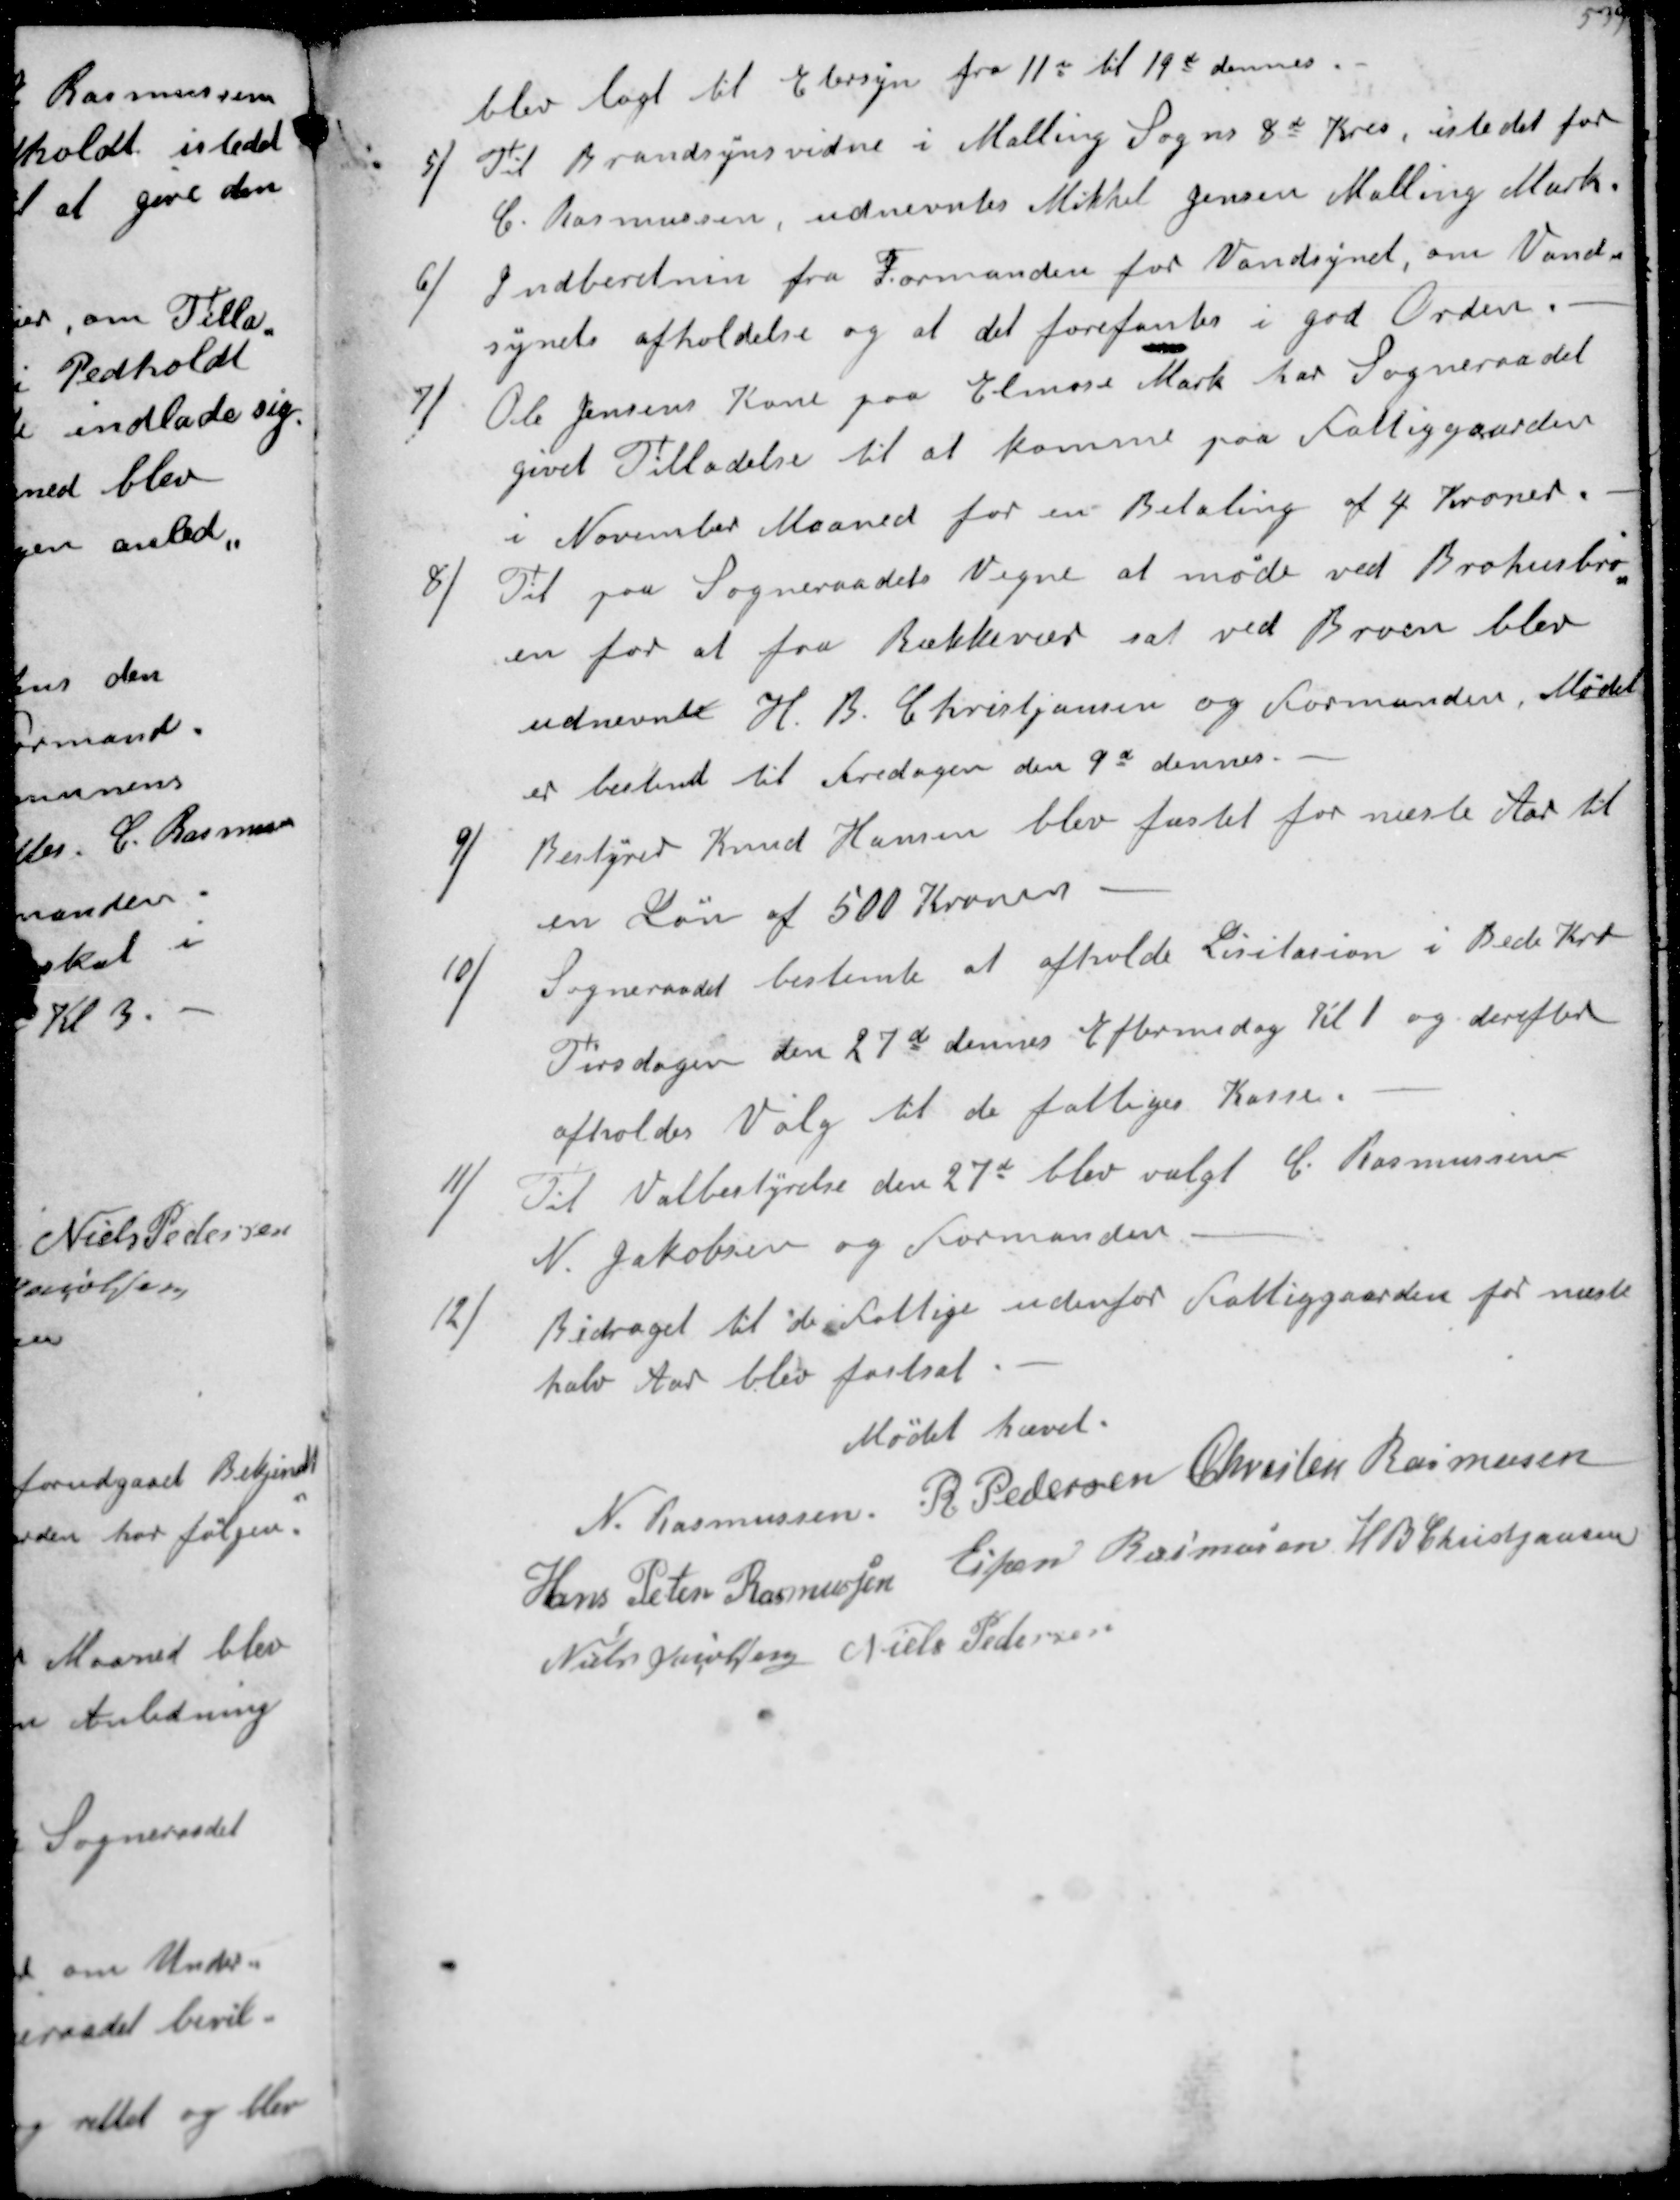
Transskription:
blev lagt til Eftersyn fra 11t til 19d dennes
5/
Til Brandsynsvidne i Malling Sogns 8d Kreds istedet for
C Rasmussen, udnævntes Mikkel Jensen Malling Mark
6/
Indberetnin fra Formanden for Vandsynet, om Vand-
synets afholdelse og at det forefantes i god Orden
7/
Ole Jensens Kone paa Elmose Mark har Sogneraadet
givet Tilladelse til at komme paa Fattiggaarden
i November Maaned for en Betaling af 4 Kroner.
8/
Til paa Sogneraadets Vegne at møde ved Brohusbro-
en for at faa Rækkevær sat ved Broen blev
udnævnt H B Christjansen og Formanden. Møder
er bestemt til Fredagen den 9d dennes
9/
Bestyrer Knud Hansen blev fæstet for næste Aar til
en Løn af 500 Kroner
10/
Sogneraadet bestemte at afholde Licitation i Beder Kro
Tirsdagen den 27d dennes Eftermiddag Kl. 1 og derefter
afholde Valg til de fattiges Kasse
11/
Til Valgbestyrelse den 27d blev valgt C Rasmussen
N Jakobsen og Formanden
12/
Bidraget til de fattige udenfor Fattiggaarden for næste
halv Aar blev fastsat
Mødet hævet
N Rasmussen
R Pedersen
Chresten Rasmussen
Hans Peter Rasmussen
Espen Rasmussen
H B Christjansen
Niels Jacobsen
Niels Pedersen